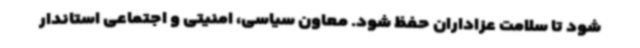
شود تا سلامت عزاداران حفظ شود. معاون سیاسی، امنیتی و اجتماعی استاندار